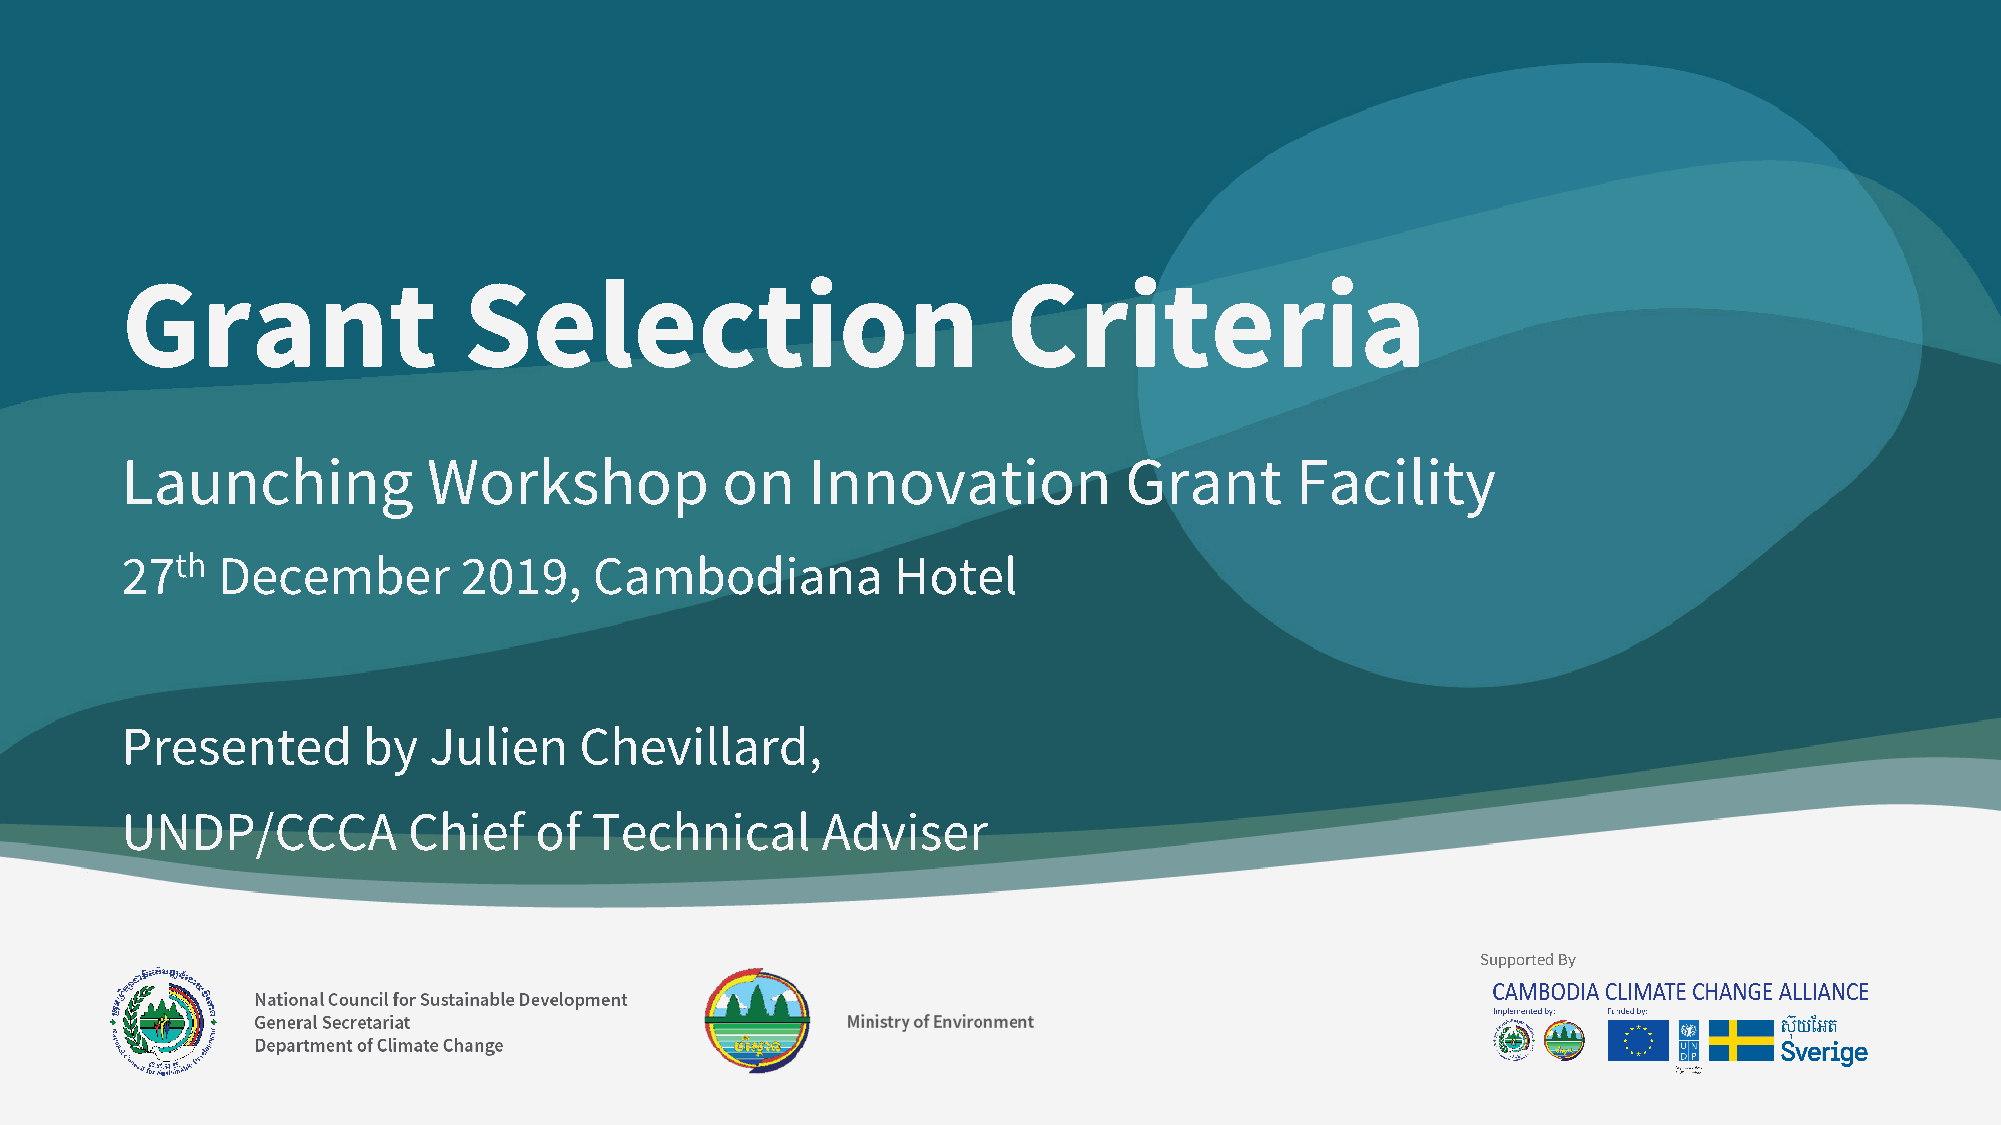
Grant                  Selection                           Criteria
 Launching           Workshop            on   Innovation           Grant       Facility
 27th  December        2019,    Cambodiana          Hotel
 Presented       by  Julien    Chevillard,
 UNDP/CCCA          Chief   of  Technical      Adviser
 SSuuppppoorrtteedd BByy
 National Council for Sustainable Development
 General Secretariat                     Ministry of Environment
 Department of Climate Change